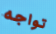
تواجه